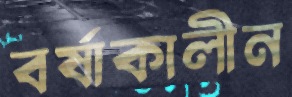
বর্ষাকালীন